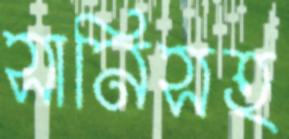
সানিসহ